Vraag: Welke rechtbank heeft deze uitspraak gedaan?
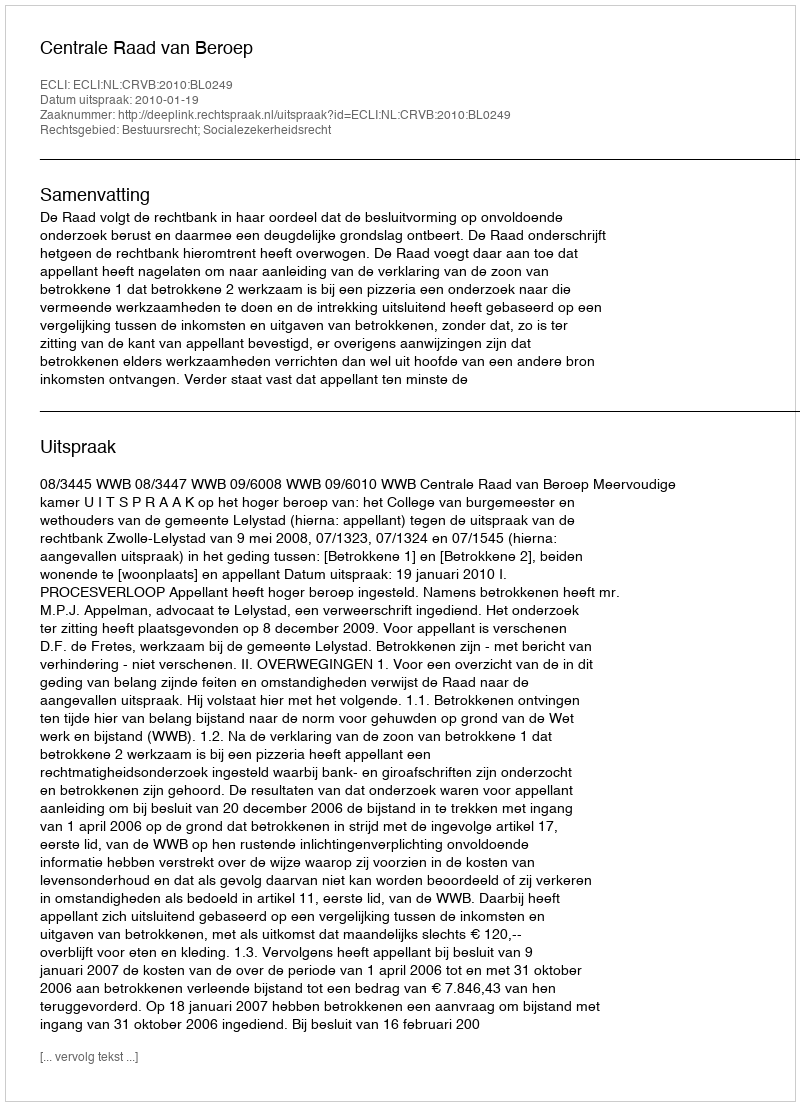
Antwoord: Centrale Raad van Beroep